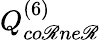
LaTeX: Q_{co\mathscr{R}ne\mathscr{R}}^{(6)}